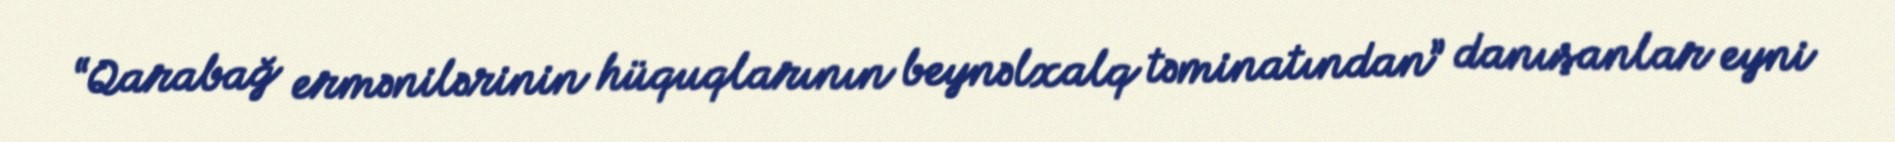
“Qarabağ ermənilərinin hüquqlarının beynəlxalq təminatından” danışanlar eyni